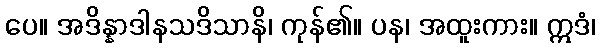
ပေ။ အဒိန္နာဒါနသဒိသာနိ၊ ကုန်၏။ ပန၊ အထူးကား။ ဣဒံ၊